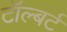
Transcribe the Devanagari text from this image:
टॉल्बर्ट